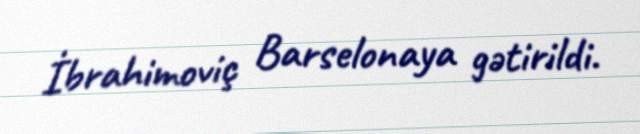
İbrahimoviç Barselonaya gətirildi.